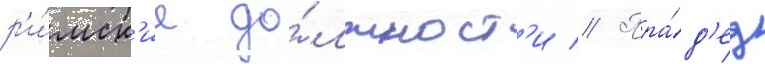
р'и́мск'ие до́лжност'и // Пра́д'ед